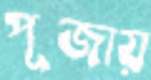
পূজায়